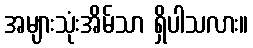
အများသုံးအိမ်သာ ရှိပါသလား။